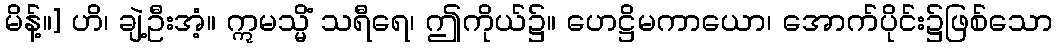
မိန့်။] ဟိ၊ ချဲ့ဦးအံ့။ ဣမသ္မိံ သရီရေ၊ ဤကိုယ်၌။ ဟေဋ္ဌိမကာယော၊ အောက်ပိုင်း၌ဖြစ်သော